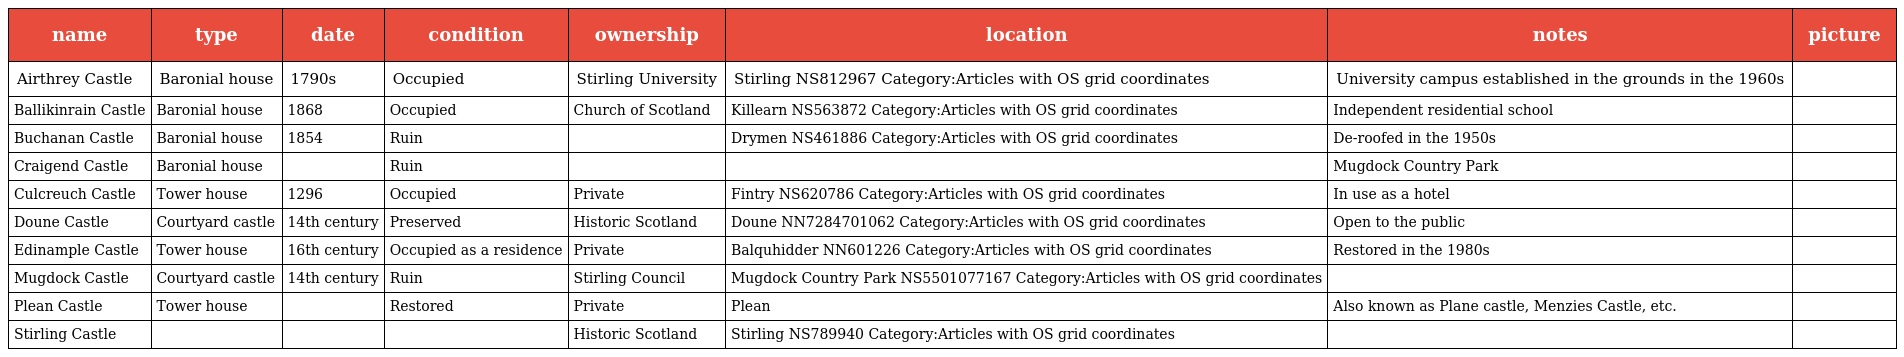
| name | type | date | condition | ownership | location | notes | picture |
 | --- | --- | --- | --- | --- | --- | --- | --- |
 | Airthrey Castle | Baronial house | 1790s | Occupied | Stirling University | Stirling NS812967 Category:Articles with OS grid coordinates | University campus established in the grounds in the 1960s |  |
 | Ballikinrain Castle | Baronial house | 1868 | Occupied | Church of Scotland | Killearn NS563872 Category:Articles with OS grid coordinates | Independent residential school |  |
 | Buchanan Castle | Baronial house | 1854 | Ruin |  | Drymen NS461886 Category:Articles with OS grid coordinates | De-roofed in the 1950s |  |
 | Craigend Castle | Baronial house |  | Ruin |  |  | Mugdock Country Park |  |
 | Culcreuch Castle | Tower house | 1296 | Occupied | Private | Fintry NS620786 Category:Articles with OS grid coordinates | In use as a hotel |  |
 | Doune Castle | Courtyard castle | 14th century | Preserved | Historic Scotland | Doune NN7284701062 Category:Articles with OS grid coordinates | Open to the public |  |
 | Edinample Castle | Tower house | 16th century | Occupied as a residence | Private | Balquhidder NN601226 Category:Articles with OS grid coordinates | Restored in the 1980s |  |
 | Mugdock Castle | Courtyard castle | 14th century | Ruin | Stirling Council | Mugdock Country Park NS5501077167 Category:Articles with OS grid coordinates |  |  |
 | Plean Castle | Tower house |  | Restored | Private | Plean | Also known as Plane castle, Menzies Castle, etc. |  |
 | Stirling Castle |  |  |  | Historic Scotland | Stirling NS789940 Category:Articles with OS grid coordinates |  |  |